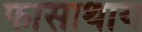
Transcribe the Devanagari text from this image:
फासाथाय